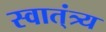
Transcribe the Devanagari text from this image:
स्वात्ंत्र्य